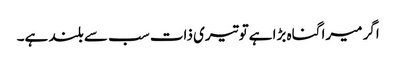
اگر میرا گناہ بڑا ہےتو تیری ذات سب سے بلند ہے۔